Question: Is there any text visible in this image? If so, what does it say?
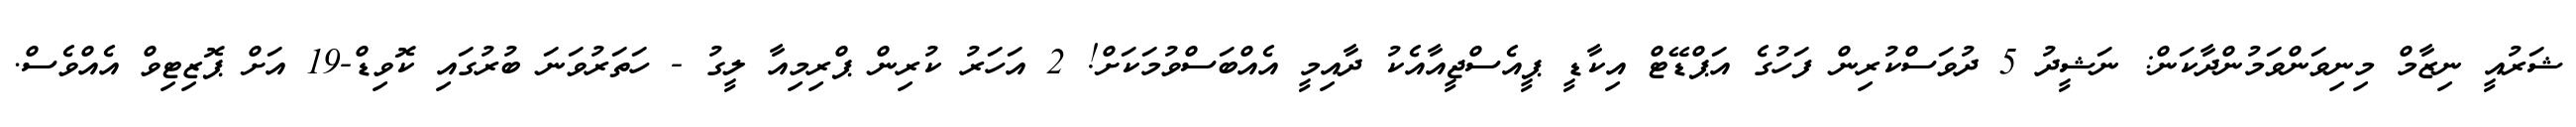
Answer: ޝަރުއީ ނިޒާމް މިނިވަންވަމުންދާކަން: ނަޝީދު 5 ދުވަސްކުރިން ފަހުގެ އަޕްޑޭޓް އިކާޑީ ޕީއެސްޖީއާއެކު ދާއިމީ އެއްބަސްވުމަކަށް! 2 އަހަރު ކުރިން ޕްރިމިއާ ލީގު - ހަތަރުވަނަ ބުރުގައި ކޮވިޑް-19 އަށް ޕޮޒިޓިވް އެއްވެސް.